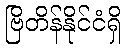
ဗြိတိန်နိုင်ငံရှိ